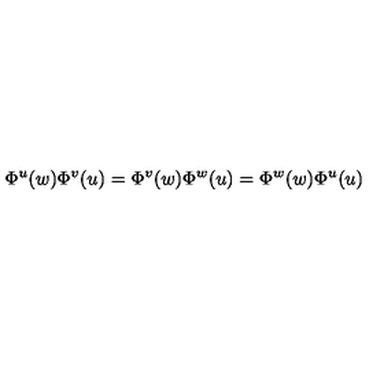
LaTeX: \Phi ^ { u } ( w ) \Phi ^ { v } ( u ) = \Phi ^ { v } ( w ) \Phi ^ { w } ( u ) = \Phi ^ { w } ( w ) \Phi ^ { u } ( u )